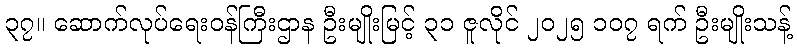
၃၇။ ဆောက်လုပ်ရေးဝန်ကြီးဌာန ဦးမျိုးမြင့် ၃၁ ဇူလိုင် ၂၀၂၅ ၁၀၇ ရက် ဦးမျိုးသန့်